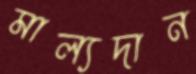
মাল্যদান